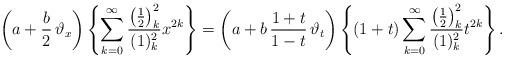
LaTeX: \begin{align*}\left( a+\frac{b}{2} \, \vartheta_x \right) \left\{ \sum_{k=0}^{\infty} \frac{\left(\frac12\right)_k^2}{(1)_k^2}x^{2k} \right\} =\left( a+b \, \frac{1+t}{1-t} \, \vartheta_t \right) \left\{ (1+t) \sum_{k=0}^{\infty} \frac{\left(\frac12\right)_k^2}{(1)_k^2}t^{2k} \right\}.\end{align*}